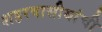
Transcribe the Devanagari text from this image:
शहरवासीयांची